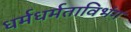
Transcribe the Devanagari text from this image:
धर्मधर्मताविभंग